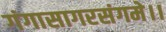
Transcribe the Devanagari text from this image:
गंगासागरसंगमे।।